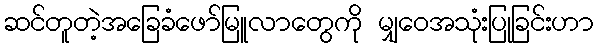
ဆင်တူတဲ့အခြေခံဖော်မြူလာတွေကို မျှဝေအသုံးပြုခြင်းဟာ